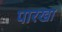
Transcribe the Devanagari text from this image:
पारखा